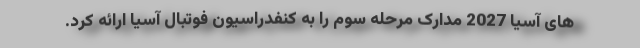
های آسیا 2027 مدارک مرحله سوم را به کنفدراسیون فوتبال آسیا ارائه کرد.